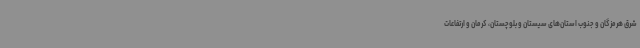
شرق هرمزگان و جنوب استان‌های سیستان و بلوچستان، کرمان و ارتفاعات